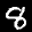
Label: 8